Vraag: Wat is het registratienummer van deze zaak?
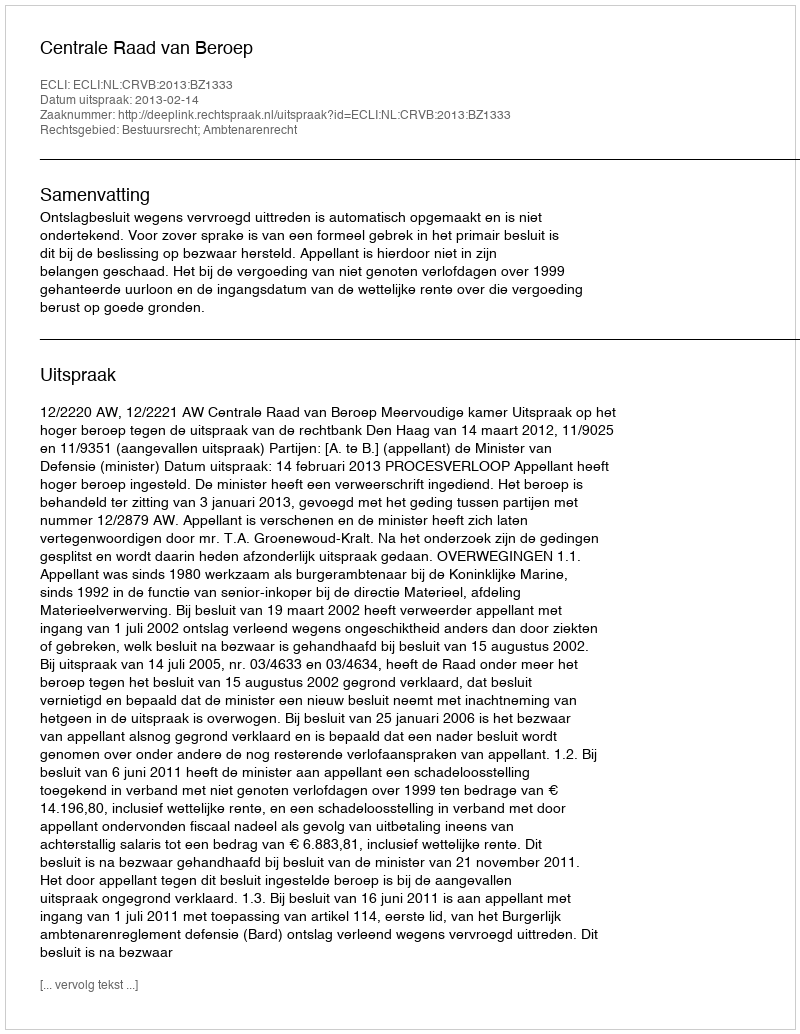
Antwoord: http://deeplink.rechtspraak.nl/uitspraak?id=ECLI:NL:CRVB:2013:BZ1333